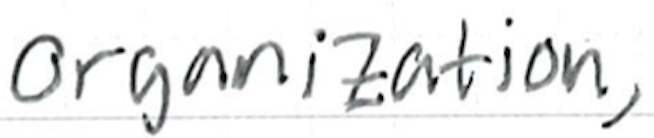
Text: organization,
Cross-out: clean
Writing tool: ballpoint